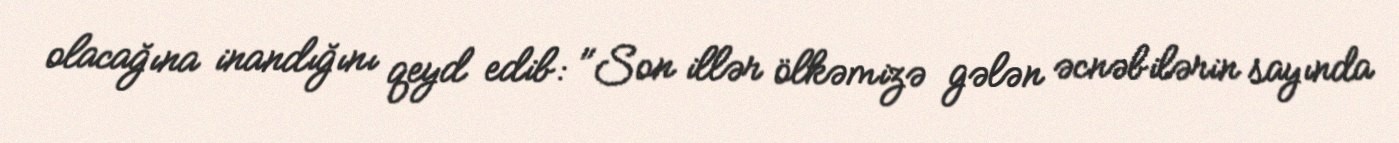
olacağına inandığını qeyd edib: "Son illər ölkəmizə gələn əcnəbilərin sayında